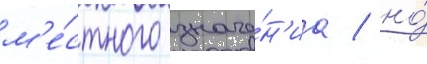
м'е́стного значе́н'иа / но́